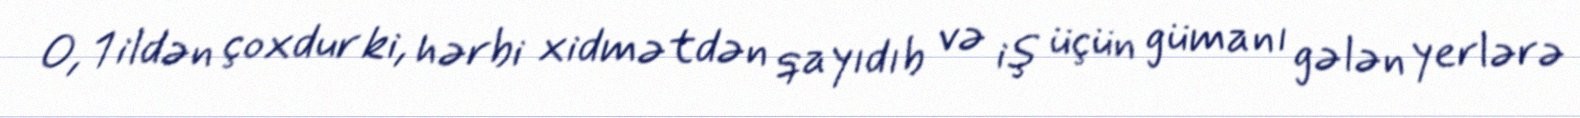
O, 1 ildən çoxdur ki, hərbi xidmətdən qayıdıb və iş üçün gümanı gələn yerlərə